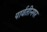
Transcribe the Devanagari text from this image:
पार्वतीनगर